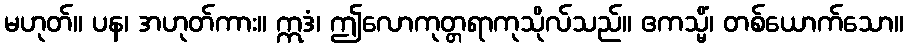
မဟုတ်။ ပန၊ အဟုတ်ကား။ ဣဒံ၊ ဤလောကုတ္တရာကုသိုလ်သည်။ ဧကသ္မိံ၊ တစ်ယောက်သော။